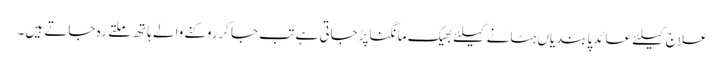
علاج کیلئے عائدپابندیاں ہٹانے کیلئے بھیک مانگناپڑجاتی ہے تب جاکرروکنے والے ہاتھ ملتے رہ جاتے ہیں۔